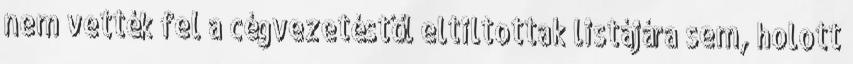
nem vették fel a cégvezetéstől eltiltottak listájára sem, holott